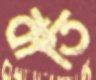
বাতি